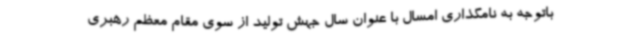
باتوجه به نامگذاری امسال با عنوان سال جهش تولید از سوی مقام معظم رهبری